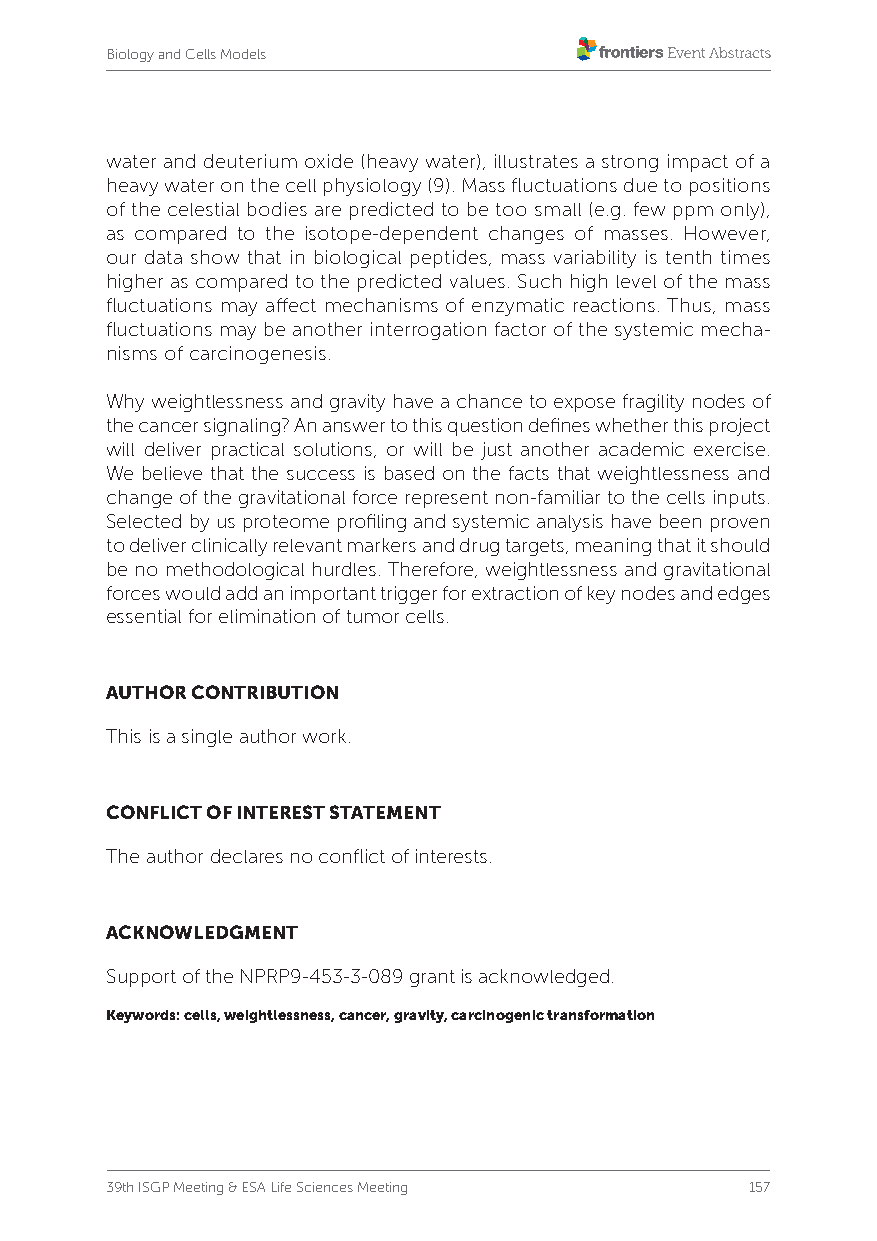
Biology and Cells Models
 water and deuterium oxide (heavy water), illustrates a strong impact of a
 heavy water on the cell physiology (9). Mass fluctuations due to positions
 of the celestial bodies are predicted to be too small (e.g. few ppm only),
 as compared to the isotope-dependent changes of masses. However,
 our data show that in biological peptides, mass variability is tenth times
 higher as compared to the predicted values. Such high level of the mass
 fluctuations may affect mechanisms of enzymatic reactions. Thus, mass
 fluctuations may be another interrogation factor of the systemic mecha-
 nisms of carcinogenesis.
 Why weightlessness and gravity have a chance to expose fragility nodes of
 the cancer signaling? An answer to this question defines whether this project
 will deliver practical solutions, or will be just another academic exercise.
 We believe that the success is based on the facts that weightlessness and
 change of the gravitational force represent non-familiar to the cells inputs.
 Selected by us proteome profiling and systemic analysis have been proven
 to deliver clinically relevant markers and drug targets, meaning that it should
 be no methodological hurdles. Therefore, weightlessness and gravitational
 forces would add an important trigger for extraction of key nodes and edges
 essential for elimination of tumor cells.
 AUTHOR CONTRIBUTION
 This is a single author work.
 CONFLICT OF INTEREST STATEMENT
 The author declares no conflict of interests.
 ACKNOWLEDGMENT
 Support of the NPRP9-453-3-089 grant is acknowledged.
 Keywords: cells, weightlessness, cancer, gravity, carcinogenic transformation
 39th ISGP Meeting & ESA Life Sciences Meeting 157